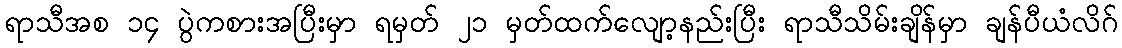
ရာသီအစ ၁၄ ပွဲကစားအပြီးမှာ ရမှတ် ၂၁ မှတ်ထက်လျော့နည်းပြီး ရာသီသိမ်းချိန်မှာ ချန်ပီယံလိဂ်